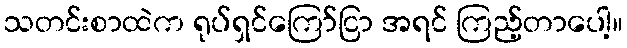
သတင်းစာထဲက ရုပ်ရှင်ကြော်ငြာ အရင် ကြည့်တာပေါ့။